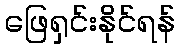
ဖြေရှင်းနိုင်ရန်